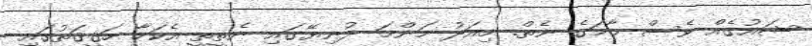
ޝައުގެއް ވެސް މާމަގެ ނެތް. މިއަދު މަންމަ ދުނިޔޭގައި ނެތީތީ އެކަމާ ހަޤީޤަތުގައި